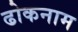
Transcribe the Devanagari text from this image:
ढोकनाम